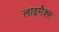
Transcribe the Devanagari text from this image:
लाइमैक्स